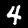
Digit: 4